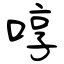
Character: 啍